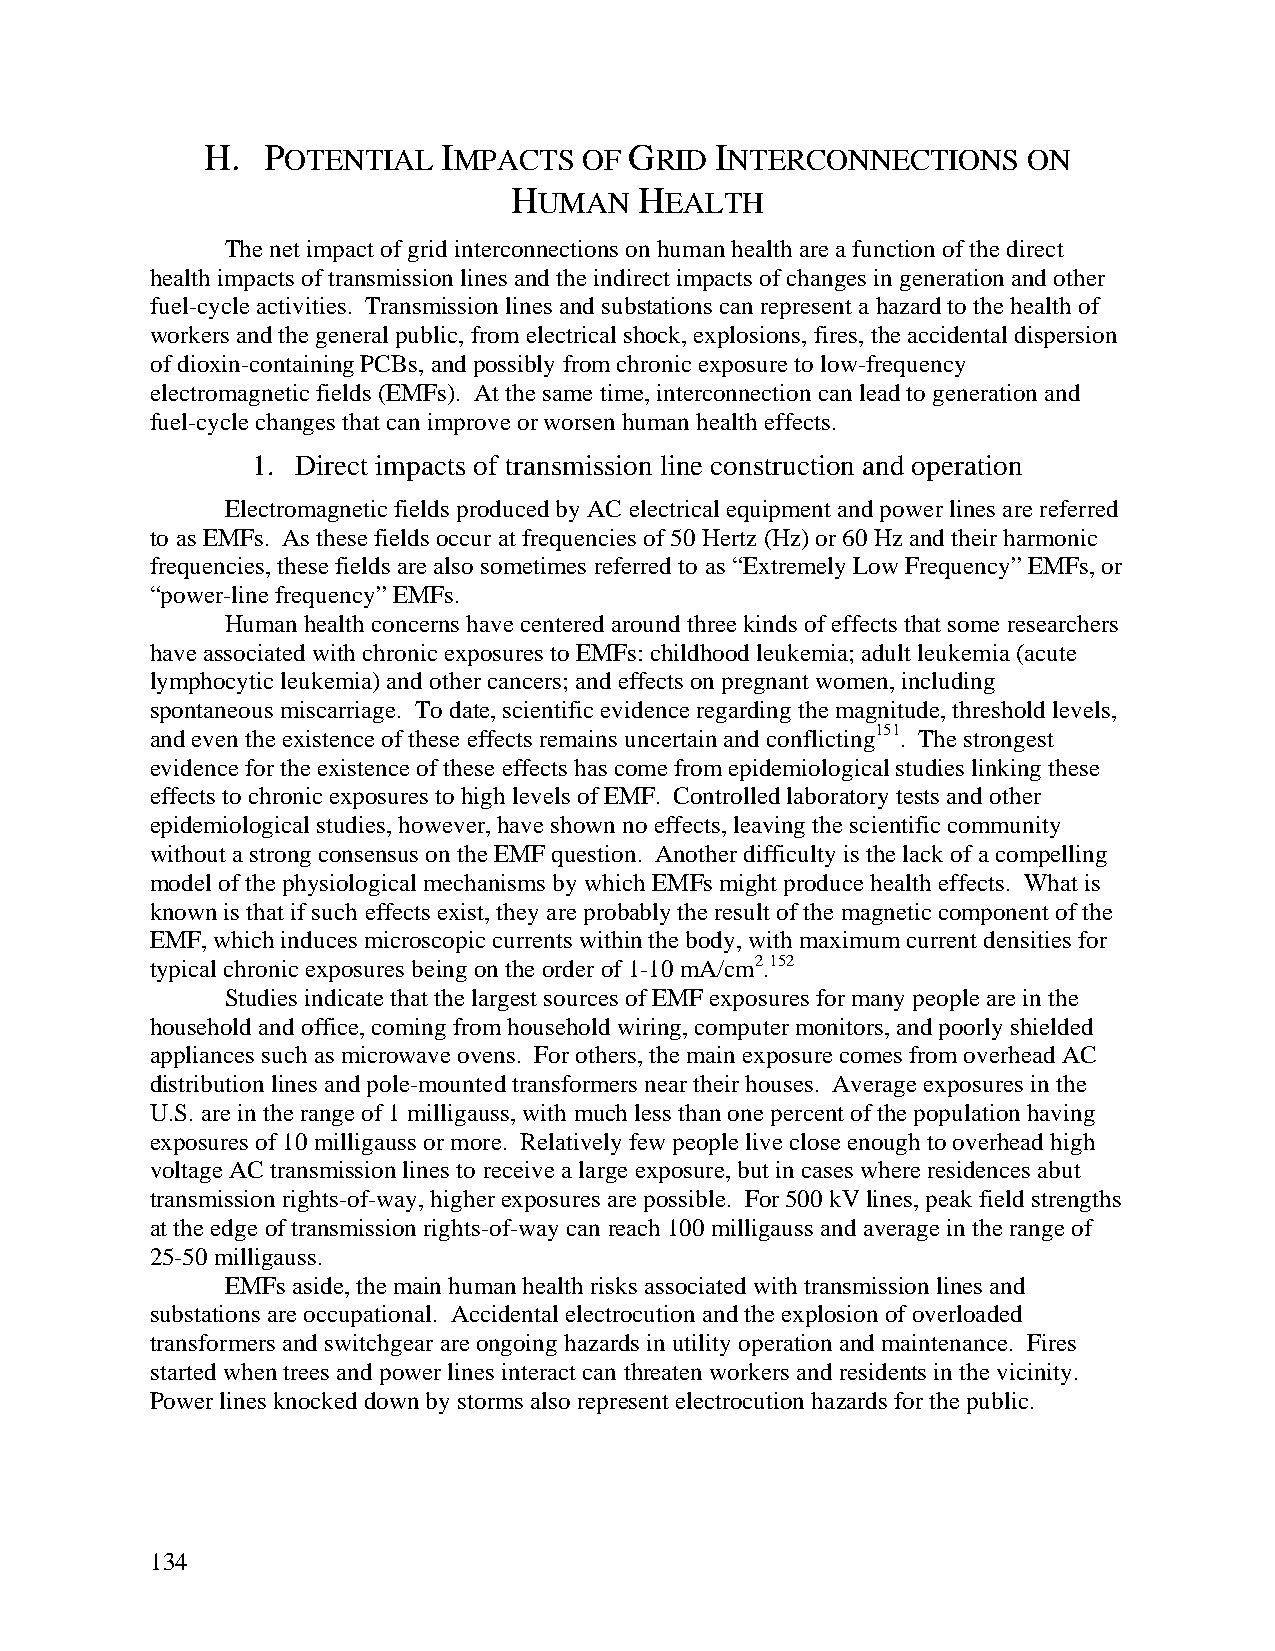
H. POTENTIAL   IMPACTS   OF GRID INTERCONNECTIONS     ON
 HUMAN   HEALTH
 The net impact of grid interconnections on human health are a function of the direct
 health impacts of transmission lines and the indirect impacts of changes in generation and other
 fuel-cycle activities. Transmission lines and substations can represent a hazard to the health of
 workers and the general public, from electrical shock, explosions, fires, the accidental dispersion
 of dioxin-containing PCBs, and possibly from chronic exposure to low-frequency
 electromagnetic fields (EMFs). At the same time, interconnection can lead to generation and
 fuel-cycle changes that can improve or worsen human health effects.
 1. Direct impacts of transmission line construction and operation
 Electromagnetic fields produced by AC electrical equipment and power lines are referred
 to as EMFs. As these fields occur at frequencies of 50 Hertz (Hz) or 60 Hz and their harmonic
 frequencies, these fields are also sometimes referred to as “Extremely Low Frequency” EMFs, or
 “power-line frequency” EMFs.
 Human health concerns have centered around three kinds of effects that some researchers
 have associated with chronic exposures to EMFs: childhood leukemia; adult leukemia (acute
 lymphocytic leukemia) and other cancers; and effects on pregnant women, including
 spontaneous miscarriage. To date, scientific evidence regarding the magnitude, threshold levels,
 and even the existence of these effects remains uncertain and conflicting151. The strongest
 evidence for the existence of these effects has come from epidemiological studies linking these
 effects to chronic exposures to high levels of EMF. Controlled laboratory tests and other
 epidemiological studies, however, have shown no effects, leaving the scientific community
 without a strong consensus on the EMF question. Another difficulty is the lack of a compelling
 model of the physiological mechanisms by which EMFs might produce health effects. What is
 known is that if such effects exist, they are probably the result of the magnetic component of the
 EMF, which induces microscopic currents within the body, with maximum current densities for
 typical chronic exposures being on the order of 1-10 mA/cm2.152
 Studies indicate that the largest sources of EMF exposures for many people are in the
 household and office, coming from household wiring, computer monitors, and poorly shielded
 appliances such as microwave ovens. For others, the main exposure comes from overhead AC
 distribution lines and pole-mounted transformers near their houses. Average exposures in the
 U.S. are in the range of 1 milligauss, with much less than one percent of the population having
 exposures of 10 milligauss or more. Relatively few people live close enough to overhead high
 voltage AC transmission lines to receive a large exposure, but in cases where residences abut
 transmission rights-of-way, higher exposures are possible. For 500 kV lines, peak field strengths
 at the edge of transmission rights-of-way can reach 100 milligauss and average in the range of
 25-50 milligauss.
 EMFs aside, the main human health risks associated with transmission lines and
 substations are occupational. Accidental electrocution and the explosion of overloaded
 transformers and switchgear are ongoing hazards in utility operation and maintenance. Fires
 started when trees and power lines interact can threaten workers and residents in the vicinity.
 Power lines knocked down by storms also represent electrocution hazards for the public.
 134